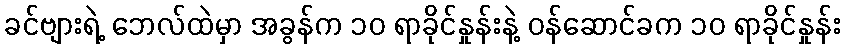
ခင်ဗျားရဲ့ ဘေလ်ထဲမှာ အခွန်က ၁၀ ရာခိုင်နှုန်းနဲ့ ဝန်ဆောင်ခက ၁၀ ရာခိုင်နှုန်း